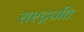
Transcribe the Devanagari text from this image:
राश्ट्रपति